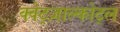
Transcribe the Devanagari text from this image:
क्वेट्ज़ाल्कोट्ल